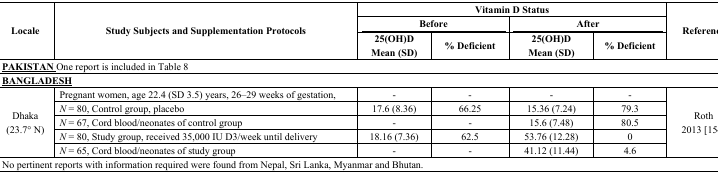
| <ROWSPAN=3> Locale | <ROWSPAN=3> Study Subjects and Supplementation Protocols | <COLSPAN=4> Vitamin D Status | <ROWSPAN=3> Reference |
 | <COLSPAN=2> Before | <COLSPAN=2> After |
 | 25(OH)DMean (SD) | % Deficient | 25(OH)DMean (SD) | % Deficient |
 | --- | --- | --- | --- | --- | --- | --- |
 | <COLSPAN=7> <underline>PAKISTAN</underline> One report is included in Table 8 |
 | <COLSPAN=7> <underline>BANGLADESH</underline> |
 | <ROWSPAN=5> Dhaka (23.7° N) | Pregnant women, age 22.4 (SD 3.5) years, 26–29 weeks of gestation, | - | - | - | - | <ROWSPAN=5> Roth2013 [154] |
 | N = 80, Control group, placebo | 17.6 (8.36) | 66.25 | 15.36 (7.24) | 79.3 |
 | N = 67, Cord blood/neonates of control group | - | - | 15.6 (7.48) | 80.5 |
 | N = 80, Study group, received 35,000 IU D3/week until delivery | 18.16 (7.36) | 62.5 | 53.76 (12.28) | 0 |
 | N = 65, Cord blood/neonates of study group | - | - | 41.12 (11.44) | 4.6 |
 | <COLSPAN=7> No pertinent reports with information required were found from Nepal, Sri Lanka, Myanmar and Bhutan. |